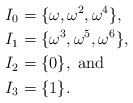
\begin{align*}I_0 &= \{ \omega, \omega^2, \omega^4 \},\\I_1 &= \{ \omega^3, \omega^5, \omega^6 \},\\I_2 &= \{ 0 \}, \textrm{ and}\\I_3 &= \{1\}.\end{align*}